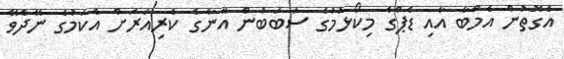
އެގޮތުން އެމްބާ އާއި ޑެޕްގެ މިކޯޅުމުގެ ސަބަބުން އޭނާގެ ކެރިއަރަށް އެކަމުގެ ނޭދެވޭ